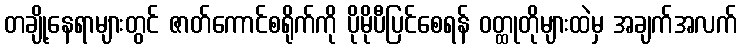
တချို့နေရာများတွင် ဇာတ်ကောင်စရိုက်ကို ပိုမိုပီပြင်စေရန် ဝတ္ထုတိုများထဲမှ အချက်အလက်